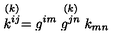
\stackrel { ( k ) } { k ^ { i j } } = { g ^ { i m } } \stackrel { ( k ) } { g ^ { j n } } k _ { m n }